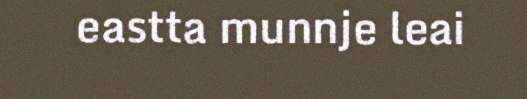
eastta munnje leai